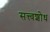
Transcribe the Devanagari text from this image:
सत्त्वशोध